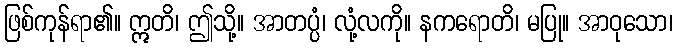
ဖြစ်ကုန်ရာ၏။ ဣတိ၊ ဤသို့။ အာတပ္ပံ၊ လုံ့လကို။ နကရောတိ၊ မပြု။ အာဝုသော၊